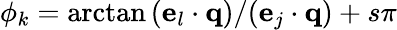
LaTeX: \phi_{k}=\arctan{(\mathbf{e}_{l}\cdot\mathbf{q})/(\mathbf{e}_{j}\cdot\mathbf{q})}+s\pi